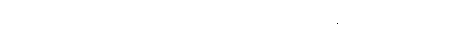
ပစ္စည်းတို့၏ များခြင်းငှာမကျင့်ကုန်။ နသာထလိကာ၊ အဓိသီလသိက္ခာကို လျော့လျော့မယူကုန်။